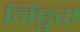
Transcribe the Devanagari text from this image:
निष्टुरा